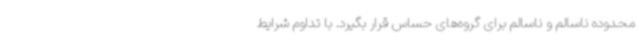
محدوده ناسالم و ناسالم برای گروه‌های حساس قرار بگیرد. با تداوم شرایط